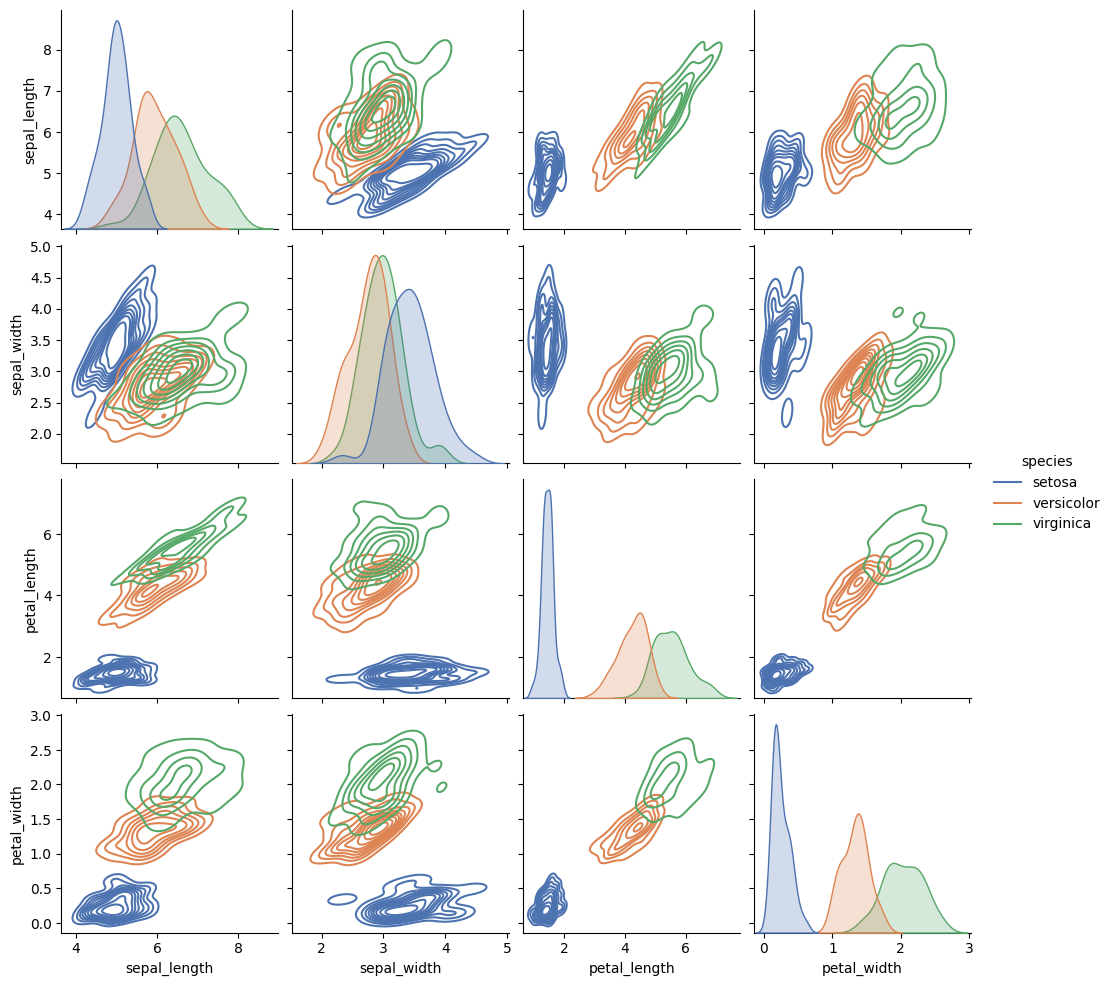
python, seaborn, pairplot, palette='deep', markers=['o'], kind='kde', diag_kind='kde'